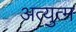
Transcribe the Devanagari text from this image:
अत्युत्म